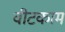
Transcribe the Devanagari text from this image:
वीटकाम